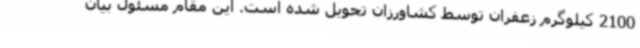
2100 کیلوگرم زعفران توسط کشاورزان تحویل شده است. این مقام مسئول بیان